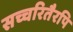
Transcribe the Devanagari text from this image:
सच्चरितैरपि